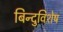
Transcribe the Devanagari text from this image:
बिन्दुविशेष